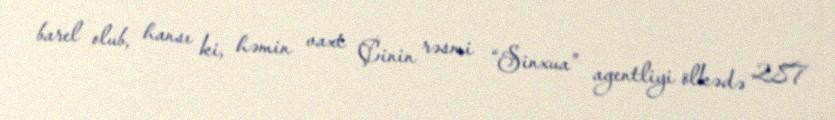
barel olub, hansı ki, həmin vaxt Çinin rəsmi “Sinxua” agentliyi ölkədə 287